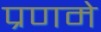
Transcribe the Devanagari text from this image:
प्रणमे